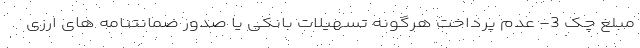
مبلغ چک 3- عدم پرداخت هرگونه تسهیلات بانکی یا صدور ضمانتنامه های ارزی